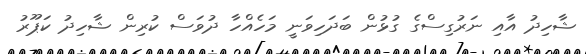
ޝާހިދު އާއި ނަރުގިސްގެ ގުޅުން ބަދަހިވަނީ މަހެއްހާ ދުވަސް ކުރިން ޝާހިދު ކަޕޫރު